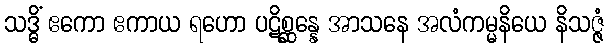
သဒ္ဓိံ ဧကော ဧကာယ ရဟော ပဋိစ္ဆန္နေ အာသနေ အလံကမ္မနိယေ နိသဇ္ဇံ